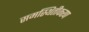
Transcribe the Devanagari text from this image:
समस्थितीकरण